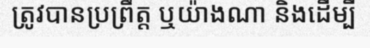
ត្រូវបានប្រព្រឹត្ត ឬយ៉ាងណា និងដើម្បី